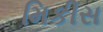
મિકીસ